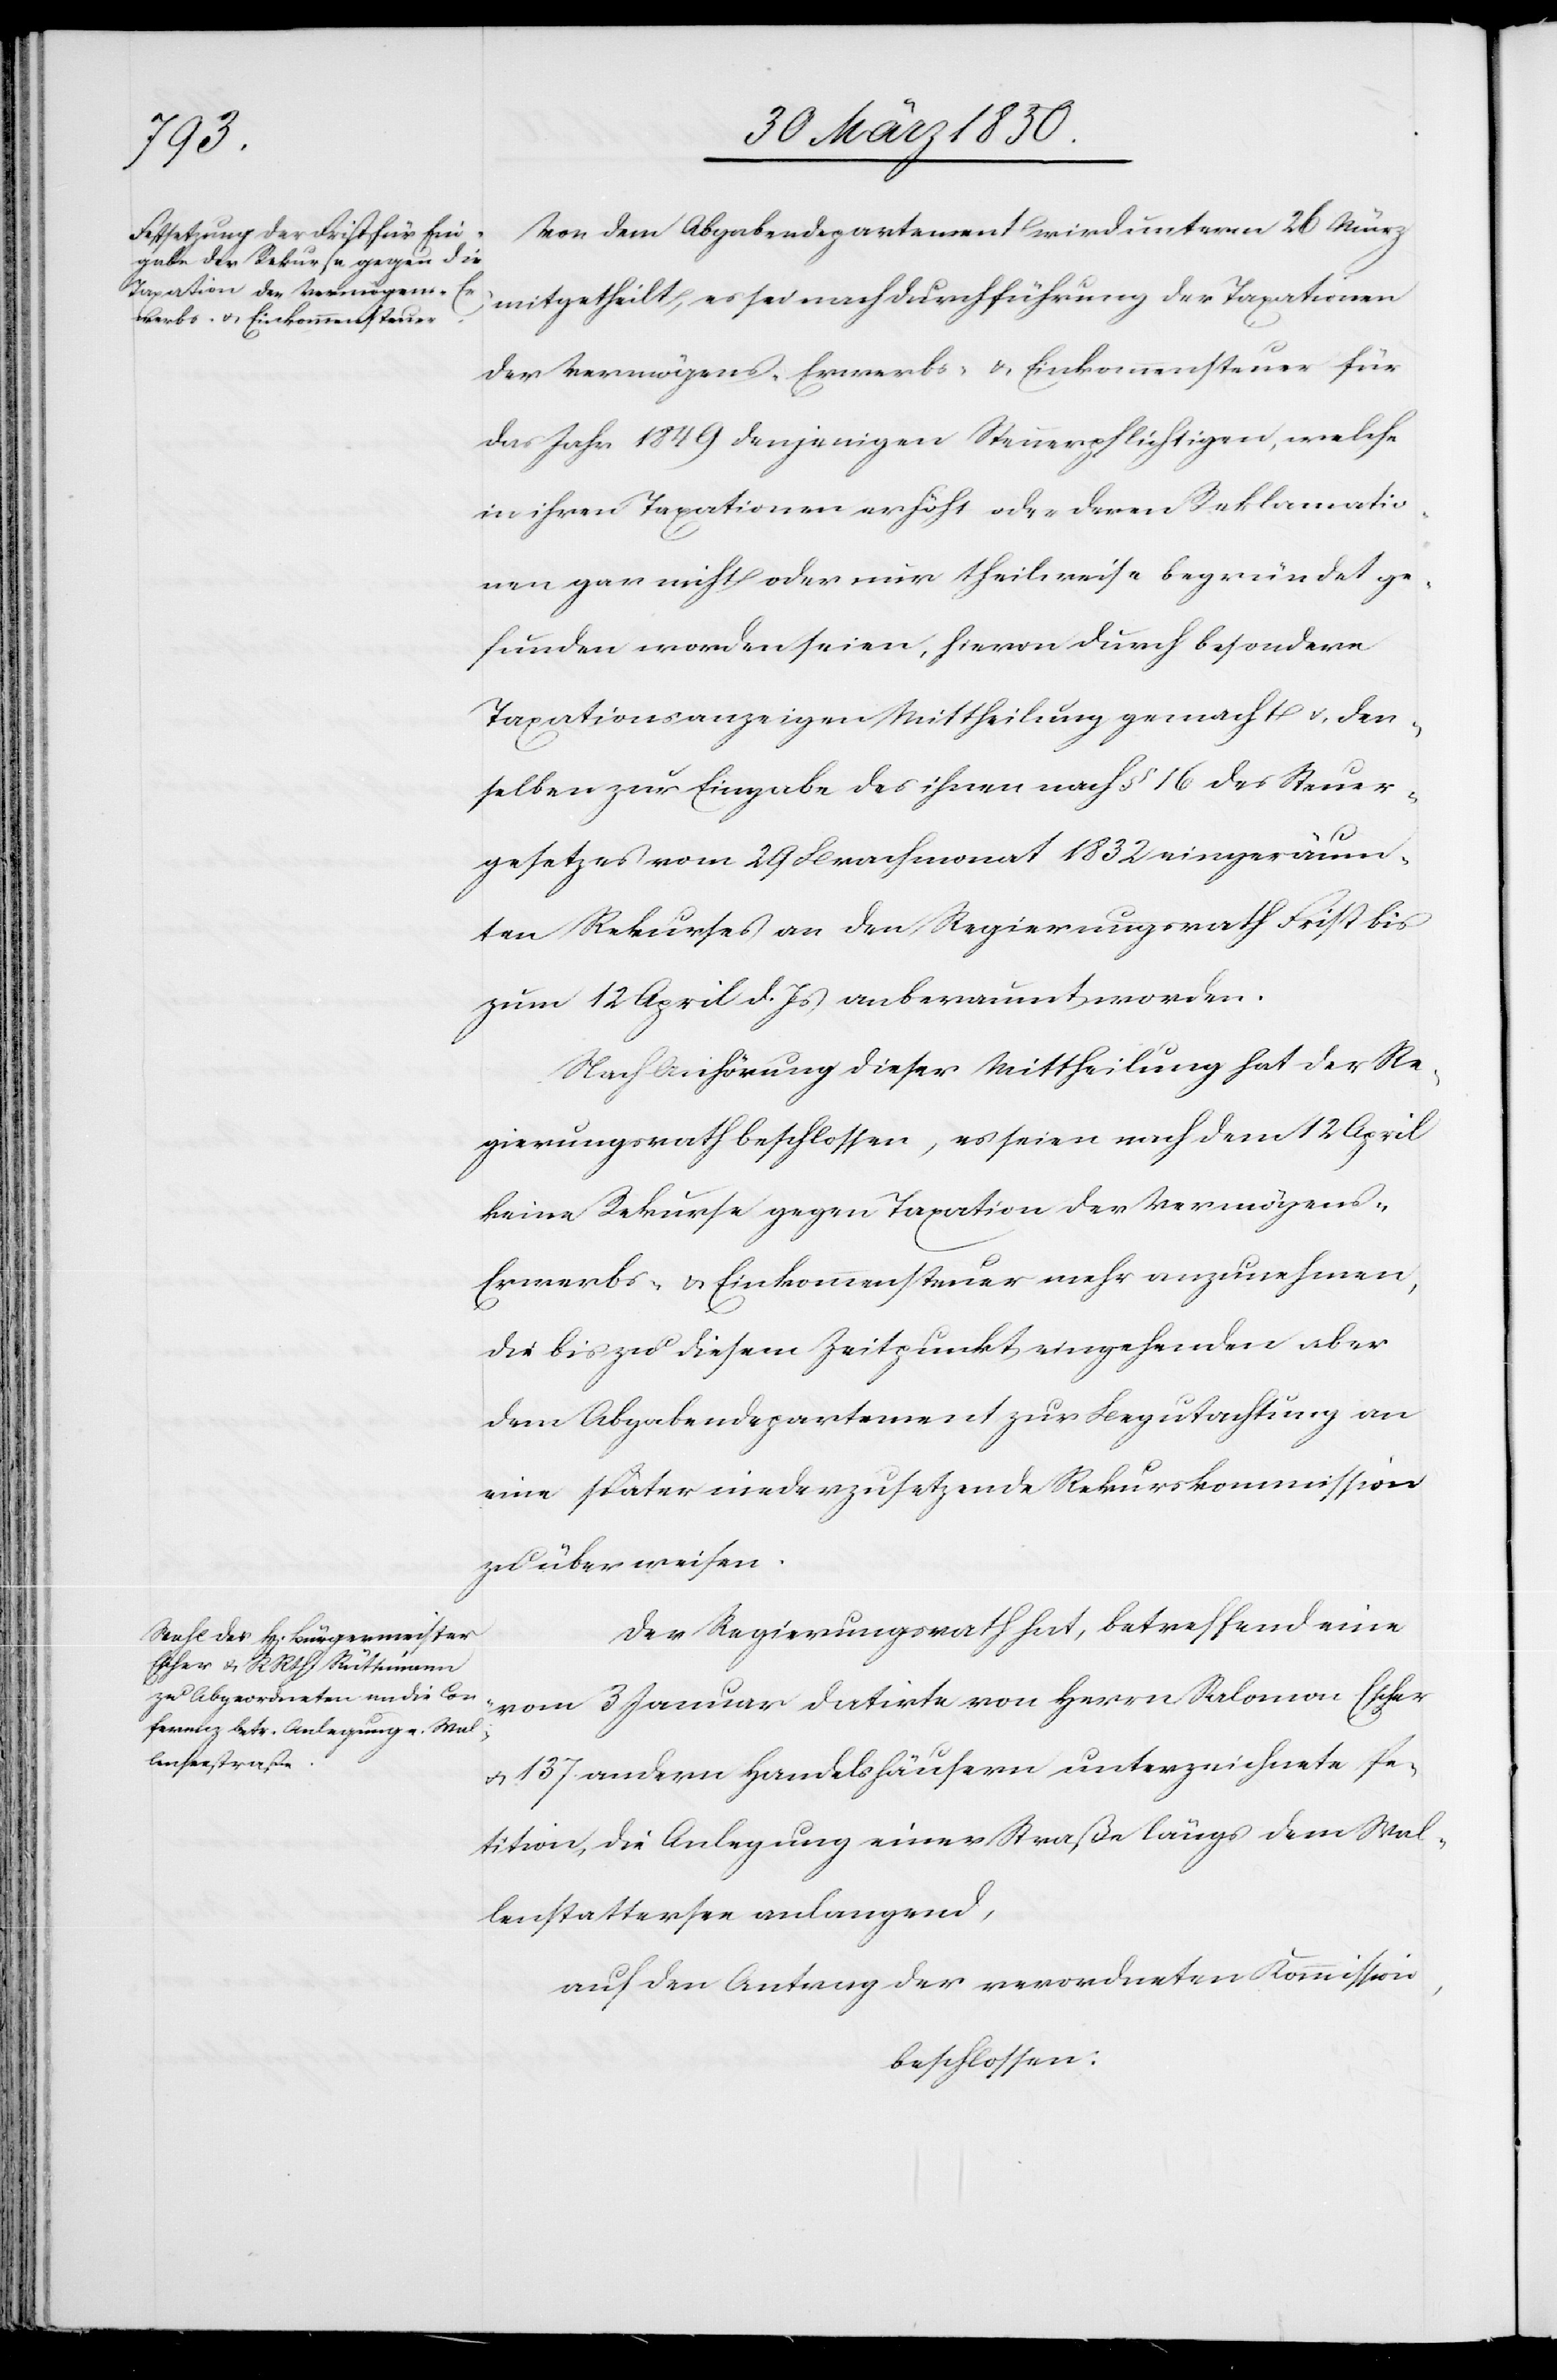
Von dem Abgabendepartement wird unterm 26 März
mitgetheilt, es sei nach Durchführung der Taxationen
der Vermögens- Erwerbs- u. Einkommenssteuer für
das Jahr 1849 denjenigen Steuerpflichtigen, welche
in ihren Taxationen erhöht oder deren Reklamatio¬
nen gar nicht oder nur theilweise begründet ge¬
funden worden seien, hievon durch besondere
Taxationsanzeigen Mittheilung gemacht u. den¬
selben zur Eingabe des ihnen nach § 16 des Steuer¬
gesetzes vom 29 Brachmonat 1832 eingeräum¬
ten Rekurses an den Regierungsrath Frist bis
zum 12 April d. Js anberaumt worden.
Nach Anhörung dieser Mittheilung hat der Re¬
gierungsrath beschlossen, es seien nach dem 12 April
keine Rekurse gegen Taxation der Vermögens-
Erwerbs- u. Einkommenssteuer mehr anzunehmen,
die bis zu diesem Zeitpunkt eingehenden aber
dem Abgabendepartement zur Begutachtung an
eine später niederzusetzende Rekurskommission
zu überweisen.
Der Regierungsrath hat, betreffend eine
vom 3 Januar datirte von Herrn Salomon Escher
u. 137 andern Handelshäusern unterzeichnete Pe¬
tition, die Anlegung einer Straße längs dem Wal¬
lenstattersee anlangend,
auf den Antrag der verordneten Kommission,
beschlossen: